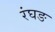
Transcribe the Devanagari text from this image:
रंघङ